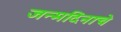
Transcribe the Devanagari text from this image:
जन्मदिनाचे